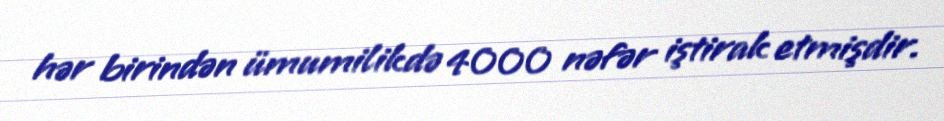
hər birindən ümumilikdə 4000 nəfər iştirak etmişdir.